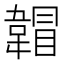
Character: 𲊣